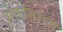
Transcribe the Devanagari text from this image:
शक्तींनाचा